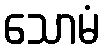
သောမံ